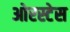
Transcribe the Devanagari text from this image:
ओरस्टेस